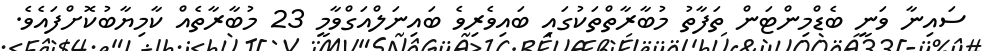
ސައިނާ ވަނީ ބެޑްމިންޓަން ތަފާތު މުބާރާތްތަކުގައި ބައިވެރިވެ ބައިނަލްއަގްވާމީ 23 މުބާރާތެއް ކާމިޔާބުކޮށްފައެވެ.